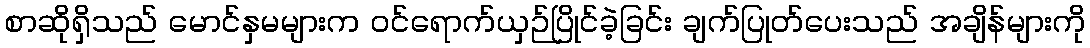
စာဆိုရှိသည် မောင်နှမများက ဝင်ရောက်ယှဉ်ပြိုင်ခဲ့ခြင်း ချက်ပြုတ်ပေးသည် အချိန်များကို